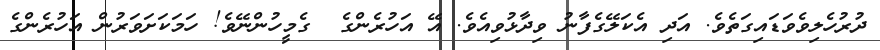
ދުރުހެލިވެވަޑައިގަތެެވެ. އަދި އެކަލޭގެފާނު ވިދާޅުވިއެވެ. އޭ އަހުރެންގެ  ގެމީހުންނޭވެ! ހަމަކަށަވަރުން އަހުރެންގެ